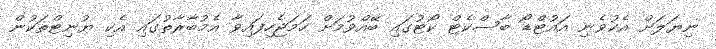
ނިޔަލަށް އެކުވެނި އައުޓްޑޯ ބާސްކެޓް ކޯޓުގައި ބޭއްވުމަށް ހަމަޖެހިފައިވާ އެމުބާރާތުގައި އެކި ޔުނިޓްތަކުން